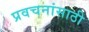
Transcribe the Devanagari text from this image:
प्रवचनांसाठी